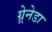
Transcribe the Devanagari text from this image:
ग्र्रेनेडा